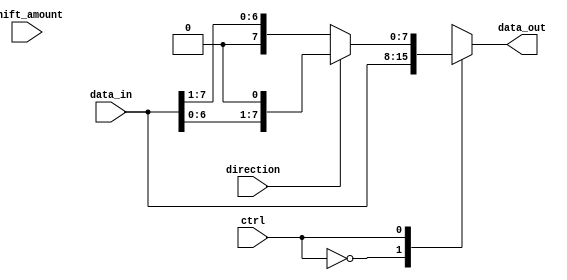
module barrel_shifter(
    input [7:0] data_in,
    input [3:0] shift_amount,
    input ctrl,
    input direction, // 0 for right shift, 1 for left shift
    output reg [7:0] data_out
);

reg [7:0] stage1_out;
reg [7:0] stage2_out;
reg [7:0] stage3_out;

always @ (ctrl, direction) begin
    case (ctrl)
        4'b0000: begin // shift by 0 bits
            data_out <= data_in;
        end
        4'b0001: begin // shift by 1 bit
            if (direction == 1)
                data_out <= {data_in[6:0], 1'b0};
            else
                data_out <= {1'b0, data_in[7:1]};
        end
        4'b0010: begin // shift by 2 bits
            if (direction == 1)
                data_out <= {data_in[5:0], 2'b00};
            else
                data_out <= {2'b00, data_in[7:2]};
        end
        // Add more cases for additional shift amounts as needed

        default: begin
            data_out <= data_in; // Default to no shift
        end
    endcase
end

endmodule